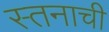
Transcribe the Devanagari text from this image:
स्तनाची